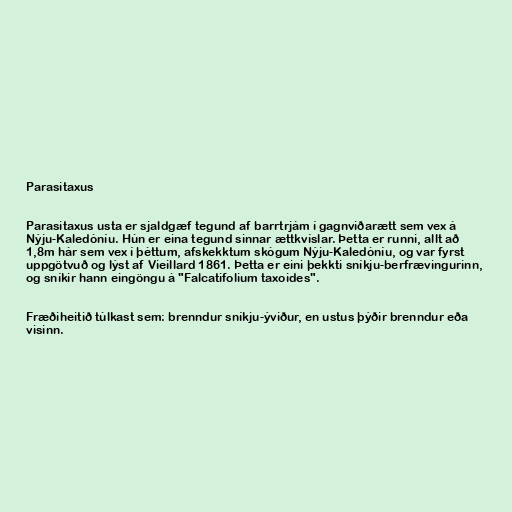
Parasitaxus

Parasitaxus usta er sjaldgæf tegund af barrtrjám í gagnviðarætt sem vex á
Nýju-Kaledóníu. Hún er eina tegund sinnar ættkvíslar. Þetta er runni, allt að
1,8m hár sem vex í þéttum, afskekktum skógum Nýju-Kaledóníu, og var fyrst
uppgötvuð og lýst af Vieillard 1861. Þetta er eini þekkti sníkju-berfrævingurinn,
og sníkir hann eingöngu á "Falcatifolium taxoides".

Fræðiheitið túlkast sem: brenndur sníkju-ýviður, en ustus þýðir brenndur eða
visinn.